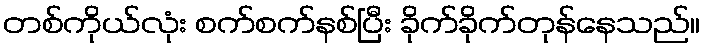
တစ်ကိုယ်လုံး စက်စက်နစ်ပြီး ခိုက်ခိုက်တုန်နေသည်။